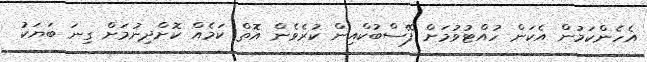
އެހެންކަމުން އެކަން ހުއްޓުވުމަށް ފޭސްބުކްއިން ކުރެވެން އޮތް ކަމެއް ކޮށްދިނުމަށް ގިނަ ބަޔަކު